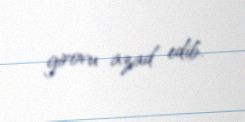
girovu azad edib.